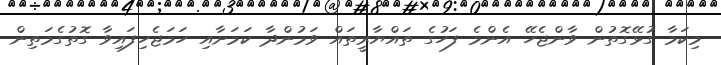
މިކަމާ ގުޅޭގޮތުން ވާންޖެހޭ އެންމެ ފަހުގެ ތައްޔާރީތައް ވަމުންދާ ކަމަށާއި ހަމަޖެހިފައިވާ ގޮތުގެމަތިން